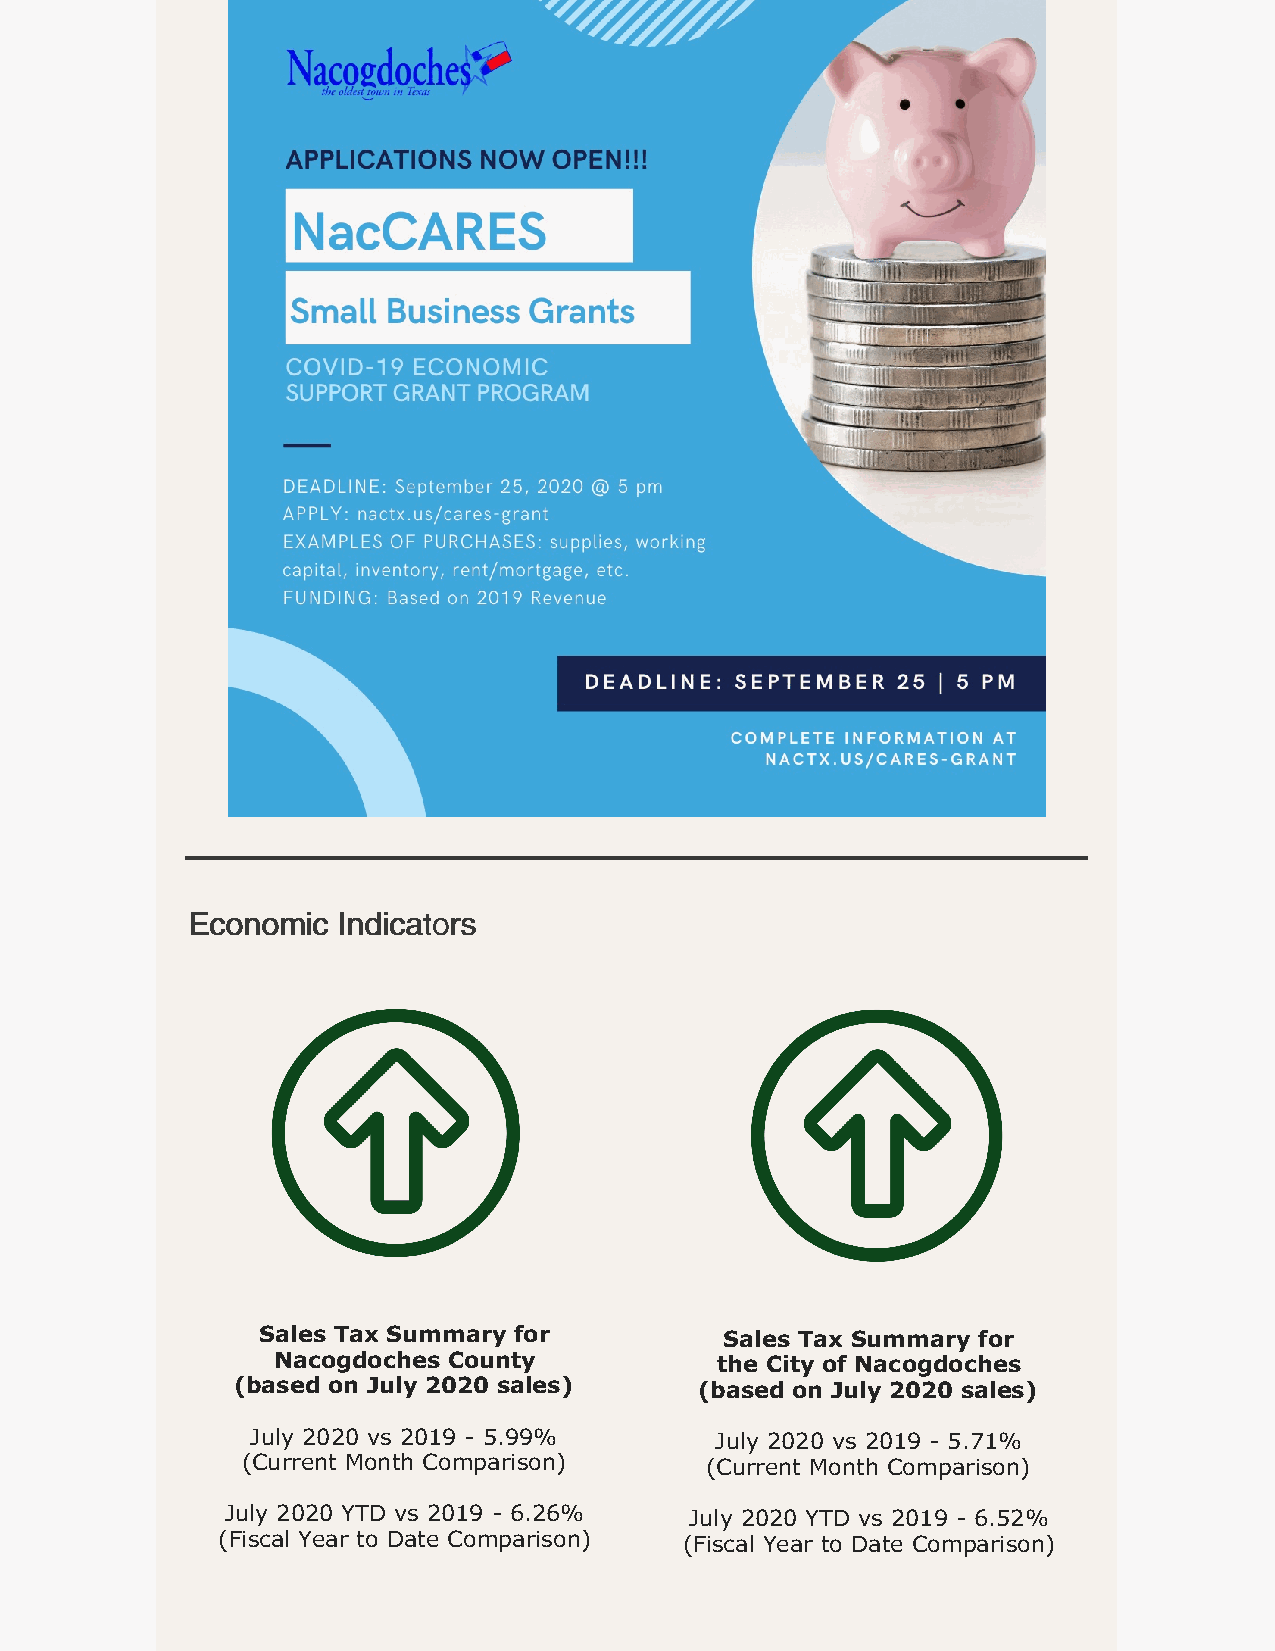
EEccoonnoommiicc IInnddiiccaattoorrss
 Sales Tax Summary for          Sales Tax Summary for
 Nacogdoches County           the City of Nacogdoches
 (based on July 2020 sales)     (based on July 2020 sales)
 July 2020 vs 2019 - 5.99%     July 2020 vs 2019 - 5.71%
 (Current Month Comparison)     (Current Month Comparison)
 July 2020 YTD vs 2019 - 6.26%  July 2020 YTD vs 2019 - 6.52%
 (Fiscal Year to Date Comparison) (Fiscal Year to Date Comparison)